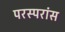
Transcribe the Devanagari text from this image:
परस्परांस